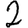
Digit: 2